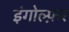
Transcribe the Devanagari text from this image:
इंगोल्फ़र